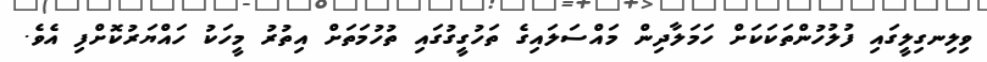
ވިލިނގިލީގައި ފުލުހުންތަކަކަށް ހަމަލާދިން މައްސަލައިގެ ތަހުގީގުގައި ތުހުމަތަށް އިތުރު މީހަކު ހައްޔަރުކޮށްފި އެވެ.